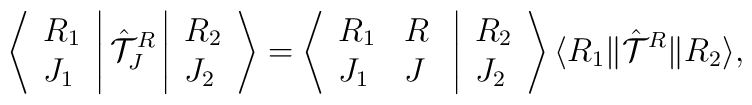
\left \langle \begin{array}{l}R_1 \\J_1 \end{array} \right | {\hat {\cal T}}_J^R \left | \begin{array}{l}R_2 \\J_2 \end{array} \right \rangle = \left \langle \begin{array}{ll}R_1 & R \\J_1 & J \end{array} \right. \left | \begin{array}{l}R_2 \\J_2 \end{array} \right \rangle \langle R_1 \| {\hat {\cal T}}^R \| R_2 \rangle,